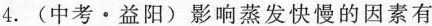
4.(中考·益阳)影响蒸发快慢的因素有